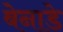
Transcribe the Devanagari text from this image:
बेनाडे